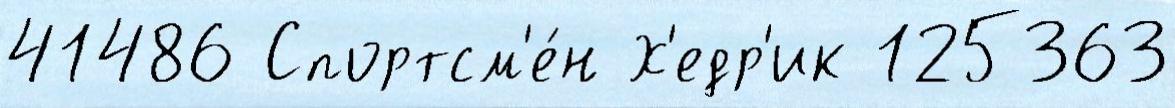
41486 Спортсм'е́н Х'едр'ик 125363